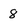
Character: 8